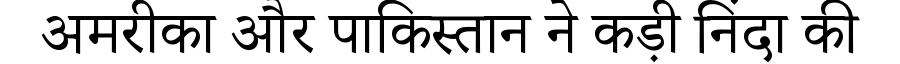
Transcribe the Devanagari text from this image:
अमरीका और पाकिस्तान ने कड़ी निंदा की